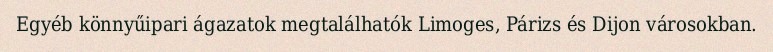
Egyéb könnyűipari ágazatok megtalálhatók Limoges, Párizs és Dijon városokban.